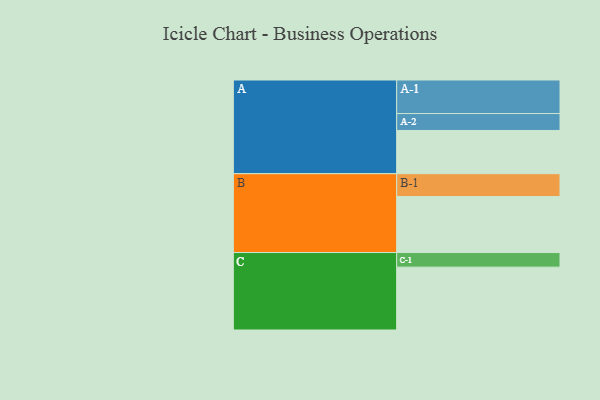
{"axis": {"x": "Segment", "y": "Value"}, "legend": ["", "A", "B", "C"], "data": [{"x": "A", "y": 335, "type": ""}, {"x": "B", "y": 434, "type": ""}, {"x": "C", "y": 487, "type": ""}, {"x": "A-1", "y": 260, "type": "A"}, {"x": "A-2", "y": 131, "type": "A"}, {"x": "B-1", "y": 177, "type": "B"}, {"x": "C-1", "y": 113, "type": "C"}]}